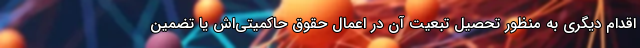
اقدام دیگری به منظور تحصیل تبعیت آن در اِعمال حقوق حاکمیتی‌اش یا تضمین